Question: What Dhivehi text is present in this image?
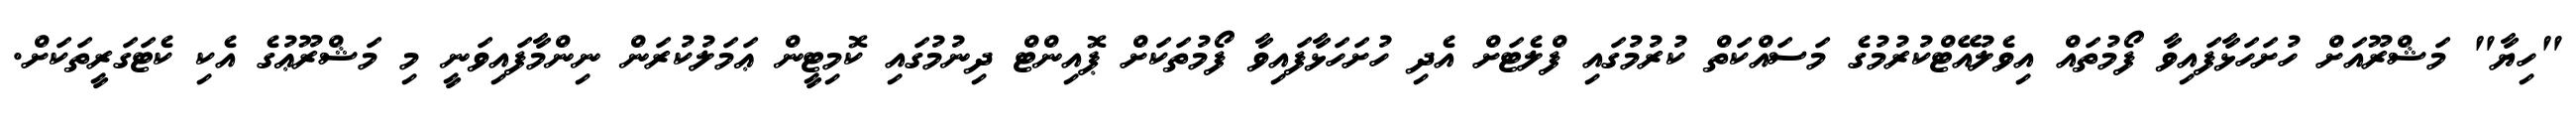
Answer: "ހިޔާ" މަޝްރޫއަށް ހުށަހަޅާފައިވާ ފޯމުތައް އިވެލުއޭޓްކުރުމުގެ މަސައްކަތް ކުރުމުގައި ފްލެޓަށް އެދި ހުށަހަޅާފައިވާ ފޯމުތަކަށް ޕޮއިންޓް ދިނުމުގައި ކޮމިޓީން ޢަމަލުކުރަން ނިންމާފައިވަނީ މި މަޝްރޫޢުގެ އެކި ކެޓަގަރީތަކަށް.